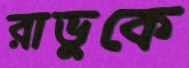
রাভুকে